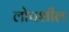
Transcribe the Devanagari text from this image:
लोपशील